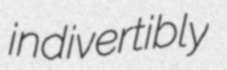
indivertibly